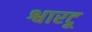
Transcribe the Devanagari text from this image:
श्वारटू